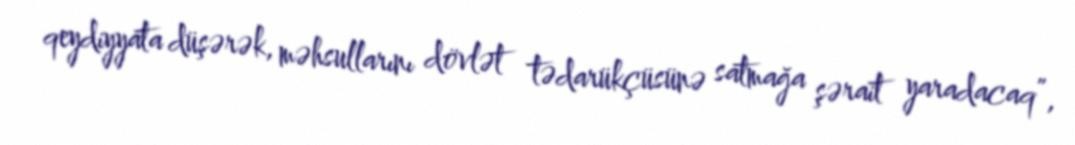
qeydiyyata düşərək, məhsullarını dövlət tədarükçüsünə satmağa şərait yaradacaq”,